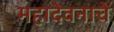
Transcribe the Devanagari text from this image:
महादेवनाचे